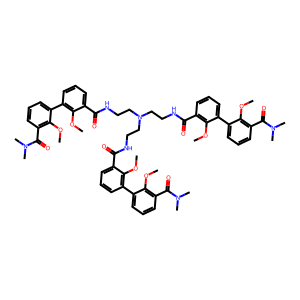
SMILES: COc1c(C(=O)NCCN(CCNC(=O)c2cccc(-c3cccc(C(=O)N(C)C)c3OC)c2OC)CCNC(=O)c2cccc(-c3cccc(C(=O)N(C)C)c3OC)c2OC)cccc1-c1cccc(C(=O)N(C)C)c1OC
Inhibits HIV replication: No